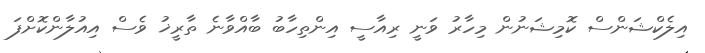
އިލެކްޝަންސް ކޮމިޝަނުން މިހާރު ވަނީ ރިއާސީ އިންތިހާބު ބާއްވާނެ ތާރީޚު ވެސް އިއުލާންކޮށްފަ